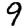
Digit: 9